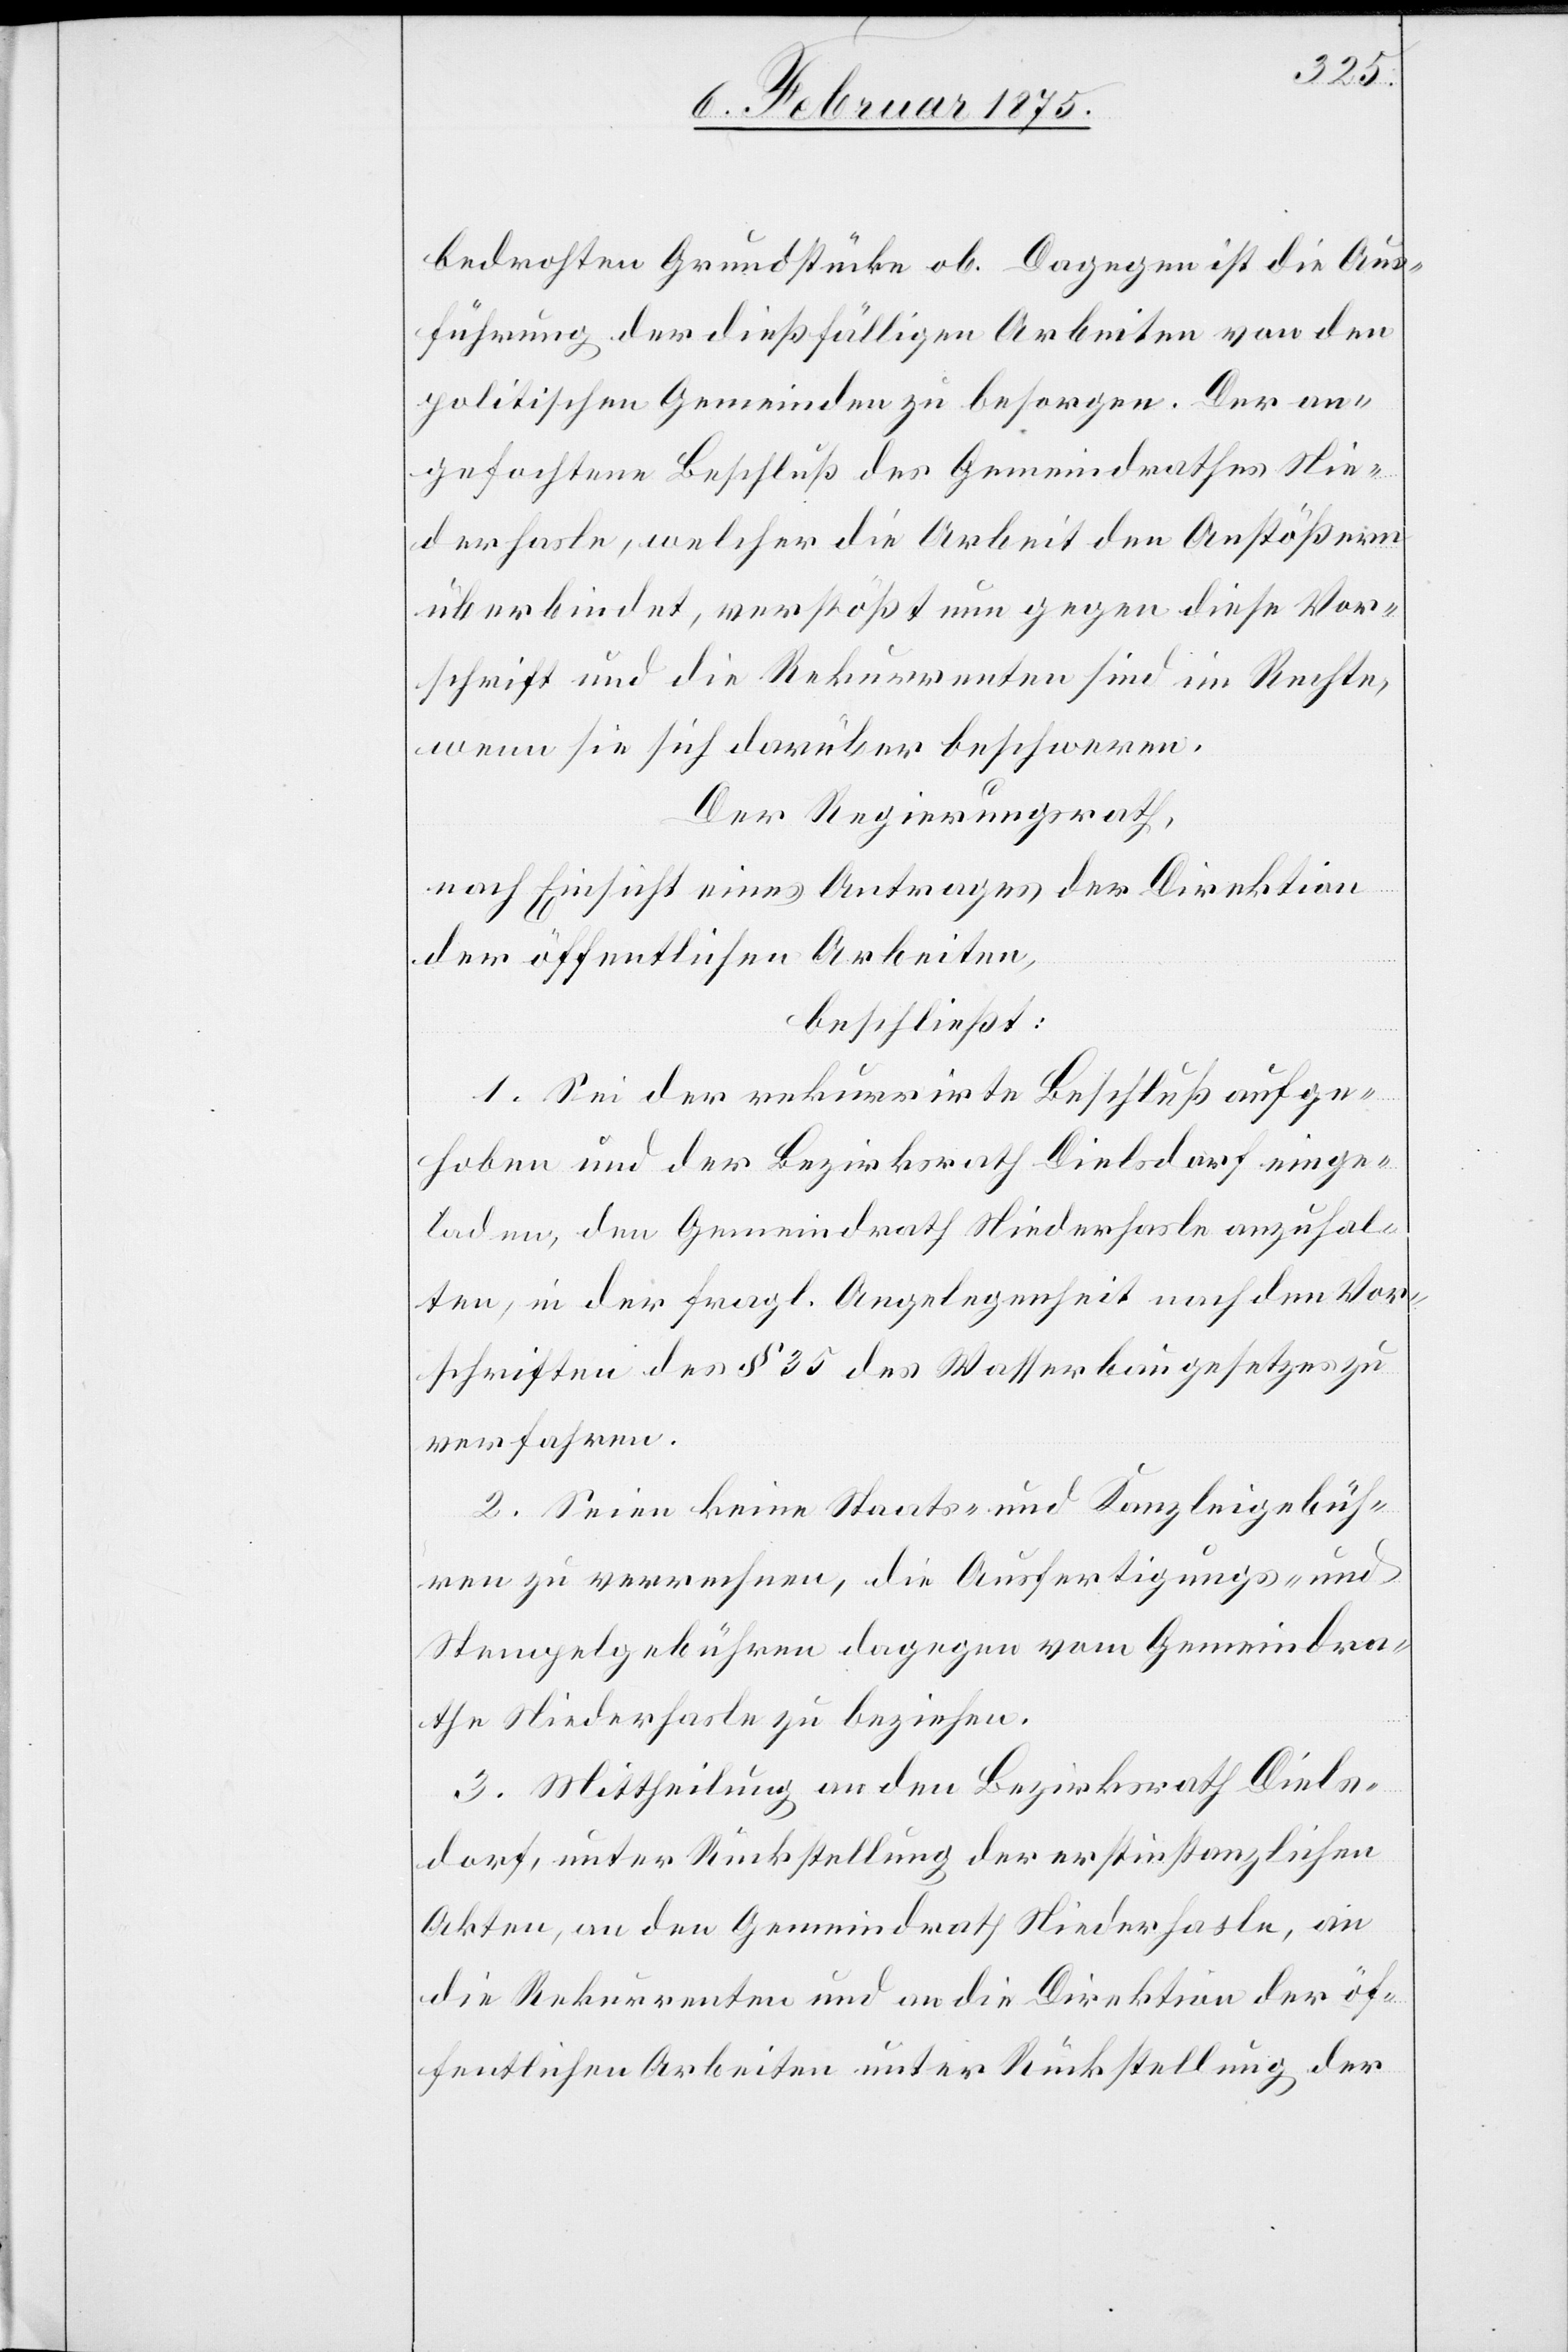
bedrohten Grundstücke ob. Dagegen ist die Aus¬
führung der dießfälligen Arbeiten von den
politischen Gemeinden zu besorgen. Der an¬
gefochtene Beschluß des Gemeindrathes Nie¬
derhasle, welcher die Arbeit den Anstößern
überbindet, verstößt nun gegen diese Vor¬
schrift und die Rekurrenten sind im Rechte,
wenn sie sich darüber beschweren.
Der Regierungsrath,
nach Einsicht eines Antrages der Direktion
der öffentlichen Arbeiten,
beschließt:
1. Sei der rekurrirte Beschluß aufge¬
hoben und der Bezirksrath Dielsdorf einge¬
laden, den Gemeindrath Niederhasle anzuhal¬
ten, in der fragl. Angelegenheit nach den Vor¬
schriften des § 35 des Wasserbaugesetzes zu
verfahren.
2. Seien keine Staats- und Kanzleigebüh¬
ren zu verrechnen, die Ausfertigungs- und
Stempelgebühren dagegen vom Gemeindra¬
the Niederhasle zu beziehen.
3. Mittheilung an den Bezirksrath Diels¬
dorf, unter Rückstellung der erstinstanzlichen
Akten, an den Gemeindrath Niederhasle, an
die Rekurrenten und an die Direktion der öf¬
fentlichen Arbeiten unter Rückstellung der